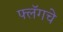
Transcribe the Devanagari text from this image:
फ्लॅगचे